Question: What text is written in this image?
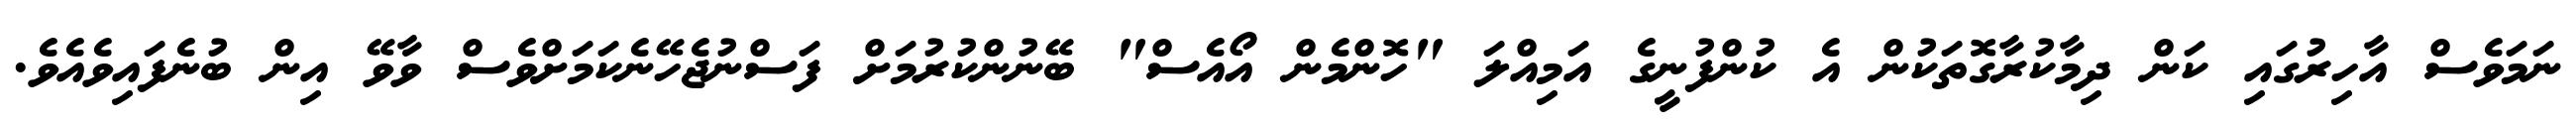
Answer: ނަމަވެސް އާހިރުގައި ކަން ދިމާކުރާގޮތަކުން އެ ކުންފުނީގެ އަމިއްލަ "ހޮންމެން އޯއެސް" ބޭނުންކުރުމަށް ފަސްނުޖެހޭނެކަމަށްވެސް ވާވޭ އިން ބުނެފައިވެއެވެ.